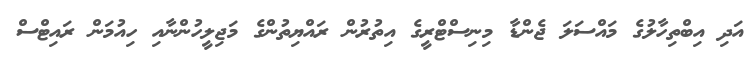
އަދި އިބްތިހާލުގެ މައްސަލަ ޖެންޑާ މިނިސްޓްރީގެ އިތުރުން ރައްޔިތުންގެ މަޖިލީހުންނާއި ހިއުމަން ރައިޓްސް